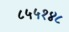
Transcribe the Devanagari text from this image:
८५५१४८